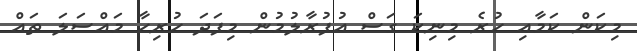
މިކަން ކަމާއި ހުރެ މިނިކަ ގަސް އުފުރާލުމުން މިފަދަ ހުރިހާ މައްސަލަ ތައް